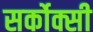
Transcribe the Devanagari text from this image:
सर्कोक्सी